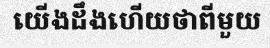
យើងដឹងហើយថាពីមួយ